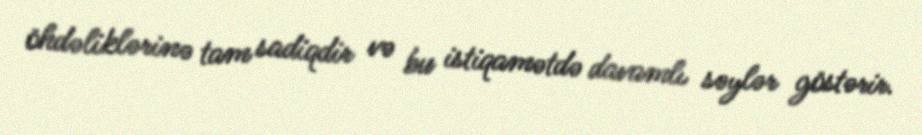
öhdəliklərinə tam sadiqdir və bu istiqamətdə davamlı səylər göstərir.